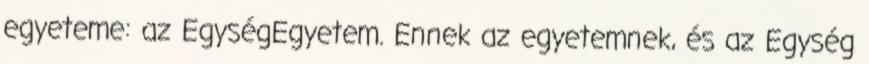
egyeteme: az EgységEgyetem. Ennek az egyetemnek, és az Egység